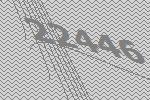
22446